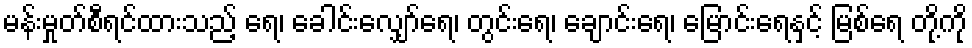
မန်းမှုတ်စီရင်ထားသည့် ရေ၊ ခေါင်းလျှော်ရေ၊ တွင်းရေ၊ ချောင်းရေ၊ မြောင်းရေနှင့် မြစ်ရေ တို့ကို